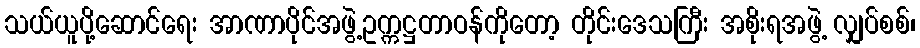
သယ်ယူပို့ဆောင်ရေး အာဏာပိုင်အဖွဲ့ဥက္ကဋ္ဌတာဝန်ကိုတော့ တိုင်းဒေသကြီး အစိုးရအဖွဲ့ လျှပ်စစ်၊